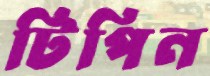
টিপিন